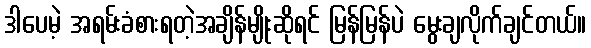
ဒါပေမဲ့ အရမ်းခံစားရတဲ့အချိန်မျိုးဆိုရင် မြန်မြန်ပဲ မွေးချလိုက်ချင်တယ်။